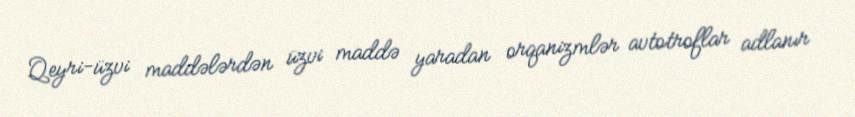
Qeyri-üzvi maddələrdən üzvi maddə yaradan orqanizmlər avtotroflar adlanır